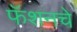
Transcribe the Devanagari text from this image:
फॅशनचे